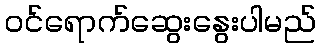
ဝင်ရောက်ဆွေးနွေးပါမည်